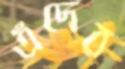
এঁদের